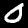
Label: 0